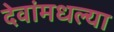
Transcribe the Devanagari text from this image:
देवांमधल्या